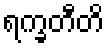
ရက္ခတီတိ